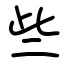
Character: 些